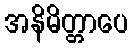
အနိမိတ္တာပေ